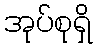
အုပ်စုရှိ